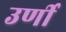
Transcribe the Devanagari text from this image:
उर्णी